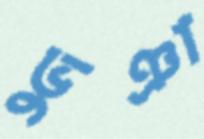
ভুঞা